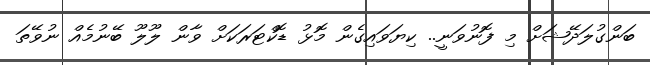
ބަންގުލަދޭޝަށް މި ފޮނުވަނީ.. ކިޔަވައިގެން މޮޅު ޑޮކްޓަރަކަށް ވާން ލޫލޫ ބޭނުމެއް ނުވޭތަ